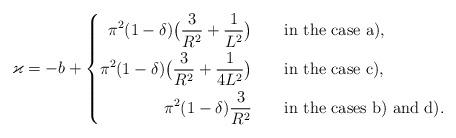
LaTeX: \begin{align*}\varkappa = -b+\left\{\begin{aligned}\pi^2(1-\delta)\bigl(\frac 3{R^2} + \frac 1{L^2}\bigr) \qquad&\mbox{in the case a)},\\\pi^2(1-\delta)\bigl(\frac 3{R^2} + \frac 1{4L^2}\bigr) \qquad&\mbox{in the case c)},\\\pi^2(1-\delta)\frac 3{R^2} \qquad&\mbox{in the cases b) and d)}.\end{aligned}\right.\end{align*}